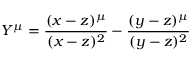
Y ^ { \mu } = \frac { ( x - z ) ^ { \mu } } { ( x - z ) ^ { 2 } } - \frac { ( y - z ) ^ { \mu } } { ( y - z ) ^ { 2 } }